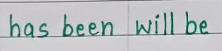
has been    will be